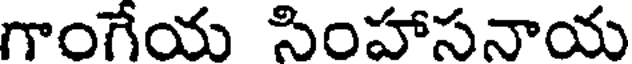
గాంగేయ సింహాసనాయ